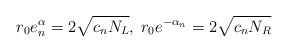
\begin{align*}r_0 e^\alpha_n = 2 \sqrt{c_n N_L}, \;r_0 e^{-\alpha_n} = 2 \sqrt{c_n N_R}\end{align*}